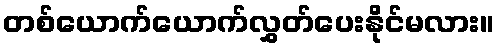
တစ်ယောက်ယောက်လွှတ်ပေးနိုင်မလား။